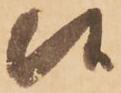
候